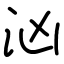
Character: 汹